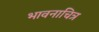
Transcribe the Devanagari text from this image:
भावनाचित्र